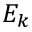
E _ { k }